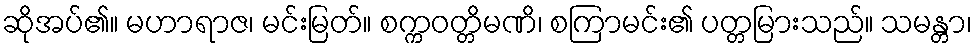
ဆိုအပ်၏။ မဟာရာဇ၊ မင်းမြတ်။ စက္ကဝတ္တိမဏိ၊ စကြာမင်း၏ ပတ္တမြားသည်။ သမန္တာ၊